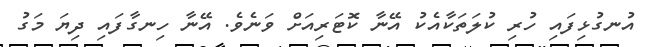
އުނގުޅިފައި ހުރި ކުލަތަކާއެކު އޭނާ ކޮޓަރިއަށް ވަނެވެ. އޭނާ ހިނގާފައި ދިޔަ މަގު